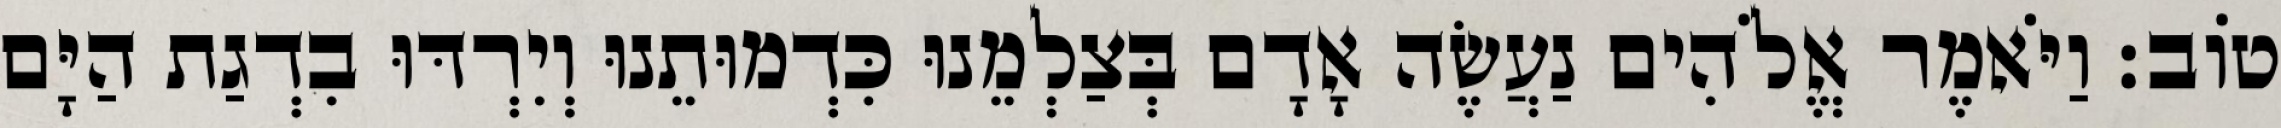
טֹוב׃ וַיֹּאמֶר אֱלֹהִים נַעֲשֶׂה אָדָם בְּצַלְמֵנוּ כִּדְמוּתֵנוּ וְיִרְדּוּ בִדְגַת הַיָּם